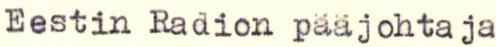
Eestin Radion pääjohtaja